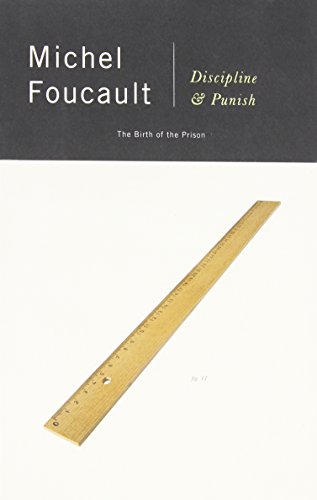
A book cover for Discipline & Punish: The Birth of the Prison; Michel Foucault; Politics & Social Sciences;